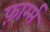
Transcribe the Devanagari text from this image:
फ़ार्म्स